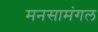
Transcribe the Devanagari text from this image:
मनसामंगल